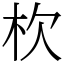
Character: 杴